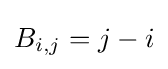
B_{i,j}=j-i